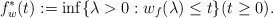
\begin{align*} f^*_w (t) := \inf \{ \lambda > 0 : w_f (\lambda ) \le t\} (t\ge 0 ) .\end{align*}